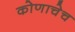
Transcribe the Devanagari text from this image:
कोणाचेच